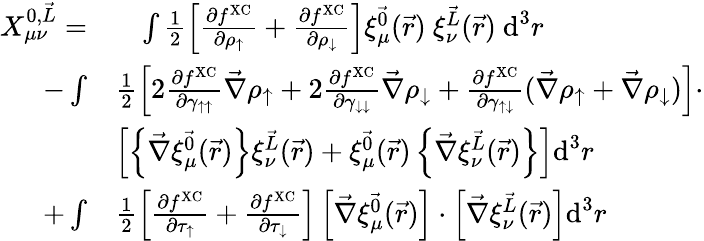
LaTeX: \begin{array}{rl}{X_{\mu\nu}^{0,\vec{L}}=}&{\phantom{+}\int\frac{1}{2}\left[\frac{\partial f^{\mathrm{XC}}}{\partial\rho_{\uparrow}}+\frac{\partial f^{\mathrm{XC}}}{\partial\rho_{\downarrow}}\right]\xi_{\mu}^{\vec{0}}(\vec{r})~\xi_{\nu}^{\vec{L}}(\vec{r})~\textrm{d}^{3}r}\\ {-\int}&{\frac{1}{2}\left[2\frac{\partial f^{\mathrm{XC}}}{\partial\gamma_{\uparrow\uparrow}}\vec{\nabla}\rho_{\uparrow}+2\frac{\partial f^{\mathrm{XC}}}{\partial\gamma_{\downarrow\downarrow}}\vec{\nabla}\rho_{\downarrow}+\frac{\partial f^{\mathrm{XC}}}{\partial\gamma_{\uparrow\downarrow}}(\vec{\nabla}\rho_{\uparrow}+\vec{\nabla}\rho_{\downarrow})\right]\cdot}\\ &{\left[\left\{ \vec{\nabla}\xi_{\mu}^{\vec{0}}(\vec{r})\right\} \xi_{\nu}^{\vec{L}}(\vec{r})+\xi_{\mu}^{\vec{0}}(\vec{r})\left\{ \vec{\nabla}\xi_{\nu}^{\vec{L}}(\vec{r})\right\} \right]\textrm{d}^{3}r}\\ {+\int}&{\frac{1}{2}\left[\frac{\partial f^{\mathrm{XC}}}{\partial\tau_{\uparrow}}+\frac{\partial f^{\mathrm{XC}}}{\partial\tau_{\downarrow}}\right]\left[\vec{\nabla}\xi_{\mu}^{\vec{0}}(\vec{r})\right]\cdot\left[\vec{\nabla}\xi_{\nu}^{\vec{L}}(\vec{r})\right]\textrm{d}^{3}r}\end{array}